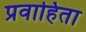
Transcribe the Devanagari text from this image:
प्रवाहिता